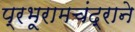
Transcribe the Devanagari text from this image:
प्रभूरामचंद्राने